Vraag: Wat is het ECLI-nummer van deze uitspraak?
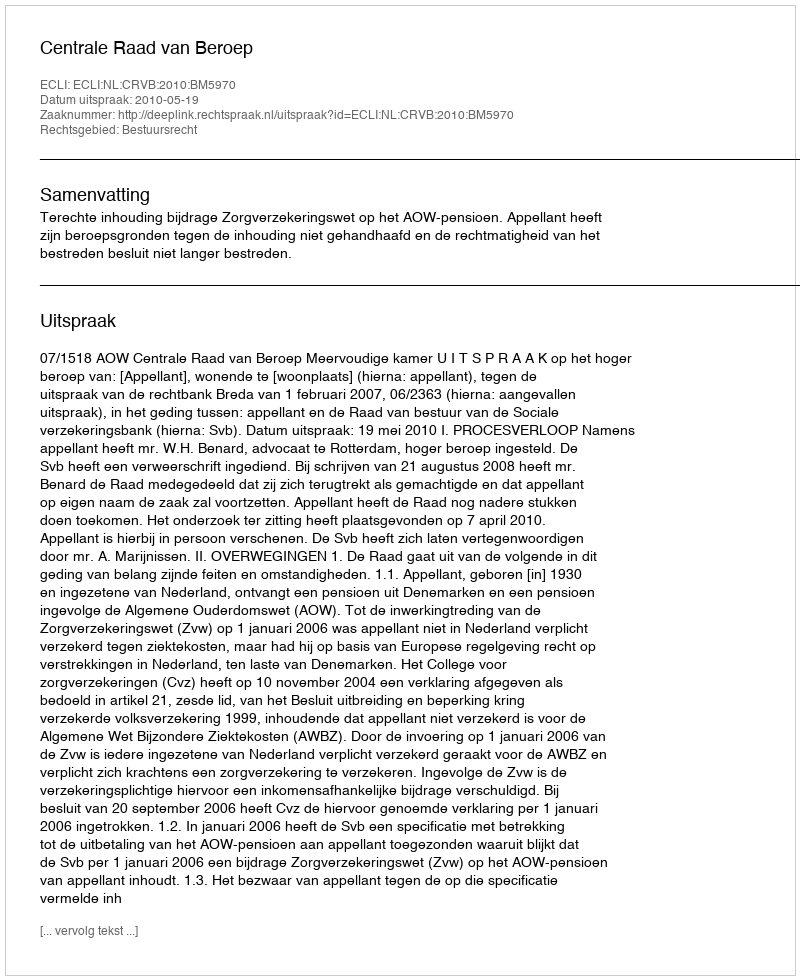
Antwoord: ECLI:NL:CRVB:2010:BM5970